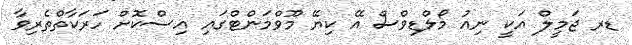
ޑރ ޖަމީލް އަކީ ނިއު މޯލްޑިވްސް އޭ ކިޔޭ މޫވްމަންޓްގައި އިސްކޮށް ހަރަކާތްތެރިވާ